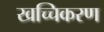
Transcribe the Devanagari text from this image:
खच्चिकरण